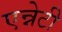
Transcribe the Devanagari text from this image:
एन्नेटी